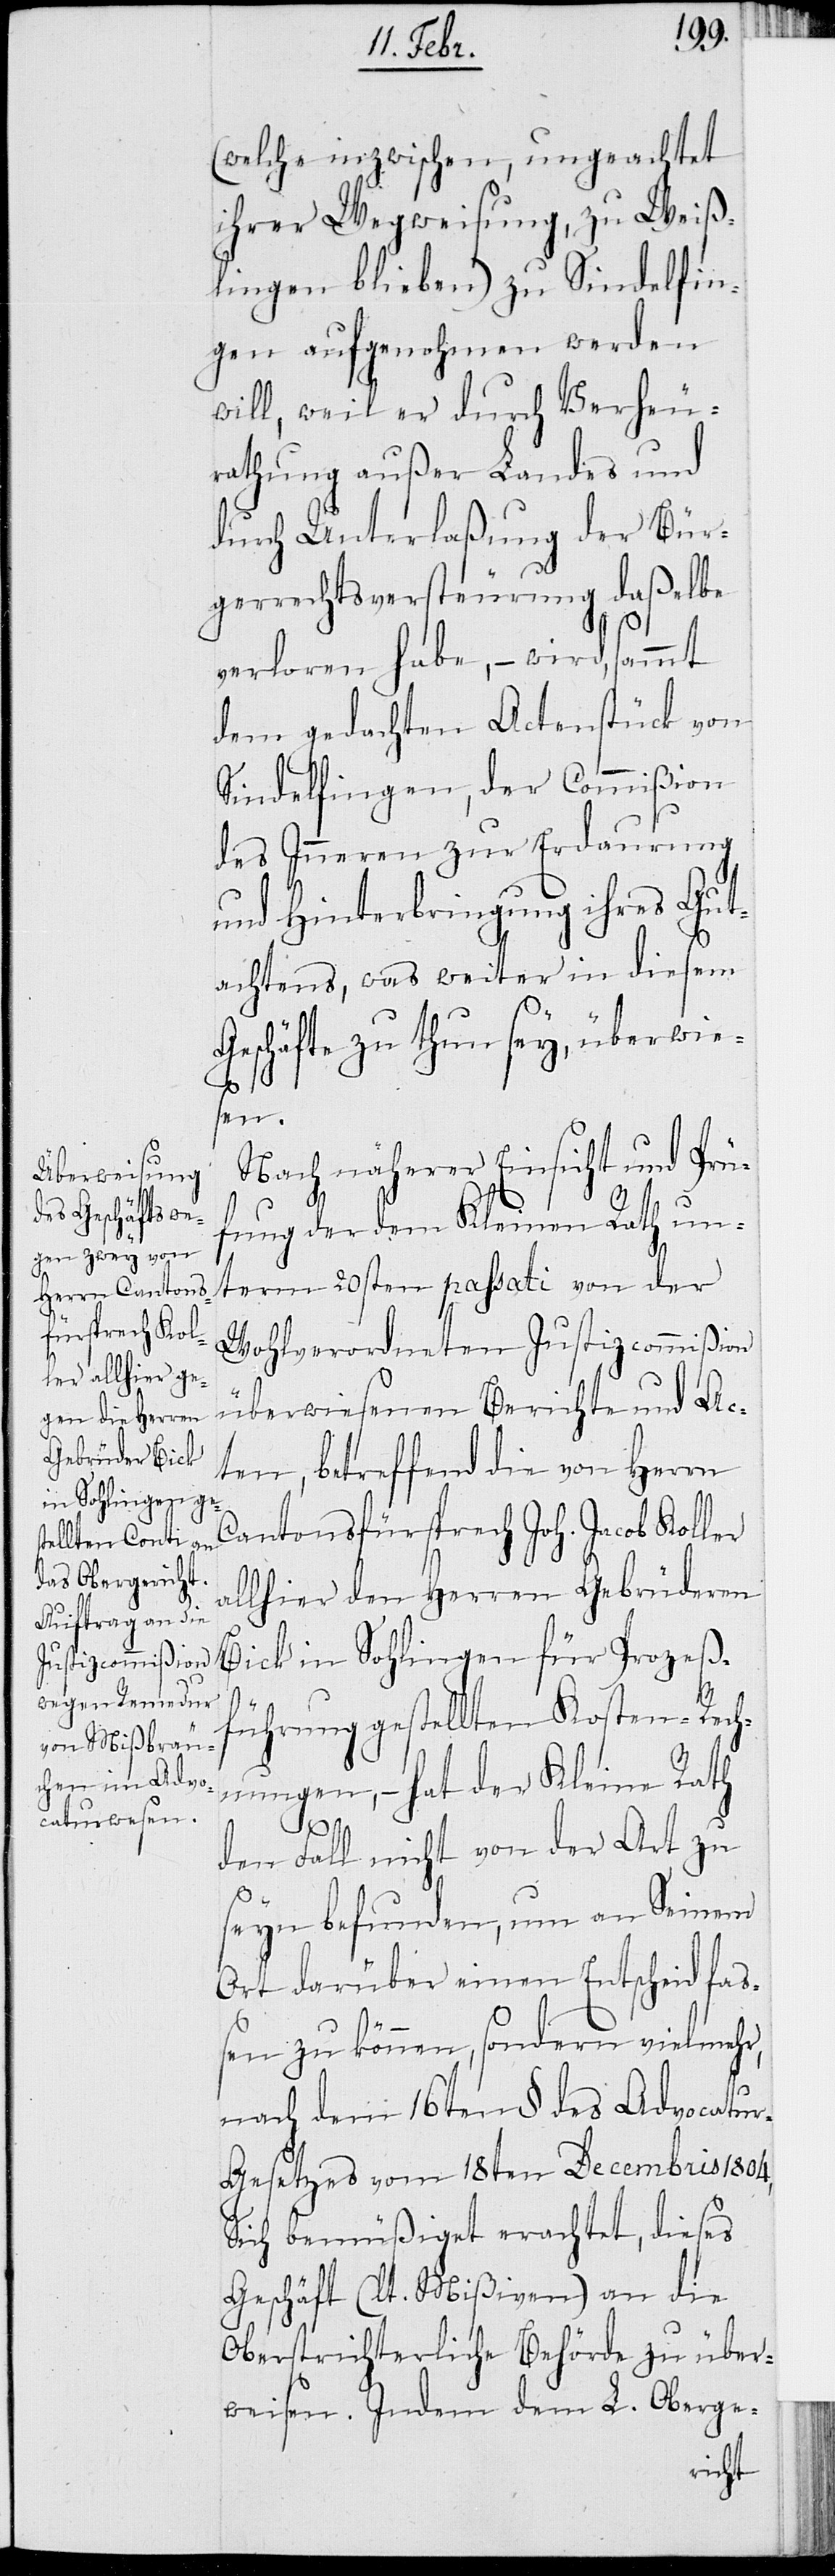
(welche inzwischen, ungeachtet
ihrer Wegweisung, zu Weiß¬
lingen blieben) zu Sindelfin¬
gen aufgenohmen werden
will, weil er durch Verheu¬
rathung außer Landes und
durch Unterlaßung der Bür¬
gerrechtsversteurung daßelbe
verloren habe, – wird, sammt
dem gedachten Actenstück von
Sindelfingen, der Commißion
des Inneren und zur Erdaurung
und Hinterbringung ihres Gut¬
achtens, was weiter in diesem
Geschäfte zu thun sey, überwie¬
sen.
Nach näherer Einsicht und Prü¬
fung der dem Kleinen Rath un¬
term 20sten passati von der
Wohlverordneten Justizcommißion
überwiesenen Berichte und Ac¬
ten, betreffend die von Herrn
Cantonsfürsprech Joh. Jacob Koller
allhier den Herren Gebrüderen
Bick in Sohlingen für Prozeß¬
führung gestellten Kosten-Rech¬
nungen, – hat der Kleine Rath
den Fall nicht von der Art zu
seyn befunden, um an Seinem
Ort darüber einen Entscheid fa¬
ßen zu können, sondern vielmehr,
nach dem 16ten § des Advocatu¬
r-Gesetzes vom 18ten Decembris 1804,
Sich bemüßigt erachtet, dieses
Geschäft (lt. Mißiven) an die
Oberstrichterliche Behörde zu über¬
weisen. Indem dem L. Oberge-